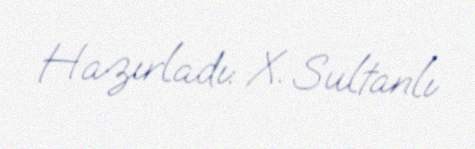
Hazırladı: X. Sultanlı